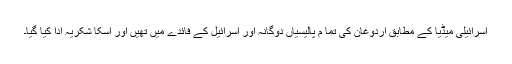
اسرائیلی میڈیا کے مطابق اردوغان کی تما م پالیسیاں دوگانہ اور اسرائیل کے فائدے میں تھیں اور اسکا شکریہ ادا کیا گیا۔